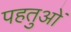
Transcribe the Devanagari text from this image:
पहतुओं